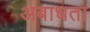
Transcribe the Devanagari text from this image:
अबाधता